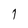
Character: 1